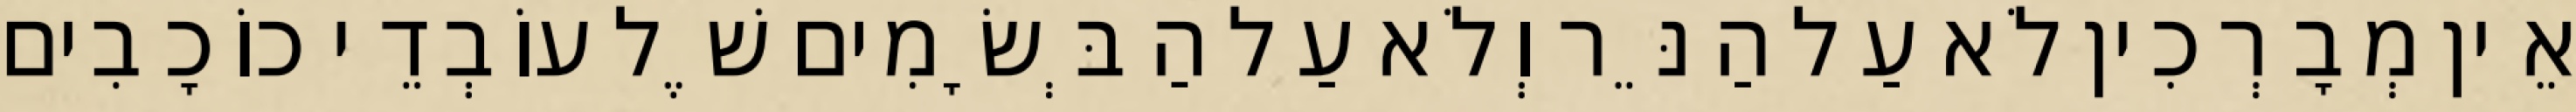
אֵין מְבָרְכִין לֹא עַל הַנֵּר וְלֹא עַל הַבְּשָׂמִים שֶׁל עוֹבְדֵי כוֹכָבִים